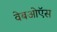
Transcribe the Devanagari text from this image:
वेबओऍस